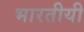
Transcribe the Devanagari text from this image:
भारतीयी